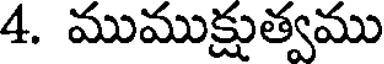
4. ముముక్షుత్వము